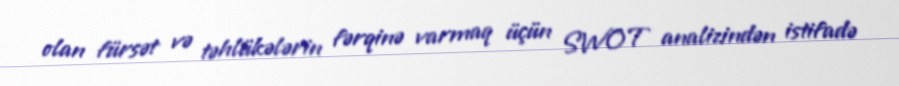
olan fürsət və təhlükələrin fərqinə varmaq üçün SWOT analizindən istifadə